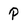
Character: P